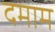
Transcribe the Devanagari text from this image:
दमाम